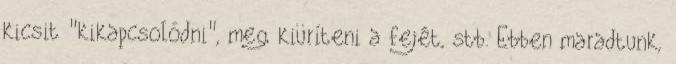
kicsit "kikapcsolódni", meg kiüríteni a fejét, stb. Ebben maradtunk,